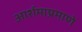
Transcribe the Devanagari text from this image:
आर्शमाप्रमाणे